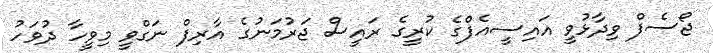
ޖޯސެފް ވިދާޅުވީ އައިސީއެފްގެ ކުރީގެ ރައީސް ޖަރުމަނުގެ އާރިފް ނަގްވީ މިވީހާ ދުވަހު